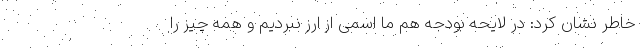
خاطر نشان کرد: در لایحه بودجه هم ما اسمی از ارز نبردیم و همه چیز را